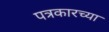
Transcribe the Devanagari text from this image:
पत्रकारच्या